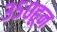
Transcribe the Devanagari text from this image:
३५०हून